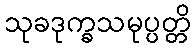
သုခဒုက္ခသမုပ္ပတ္တိ